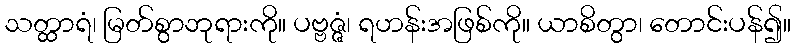
သတ္ထာရံ၊ မြတ်စွာဘုရားကို။ ပဗ္ဗဇ္ဇံ၊ ရဟန်းအဖြစ်ကို။ ယာစိတွာ၊ တောင်းပန်၍။